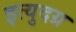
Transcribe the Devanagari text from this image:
इत्युदग्र